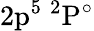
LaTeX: \mathrm{2p^{5}~^{2}P^{\circ}}